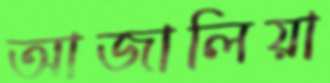
আজালিয়া